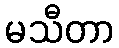
မသီတာ